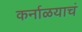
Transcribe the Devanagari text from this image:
कर्नाळयाचं